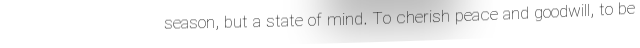
season, but a state of mind. To cherish peace and goodwill, to be